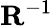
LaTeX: \mathbf{R}^{-1}